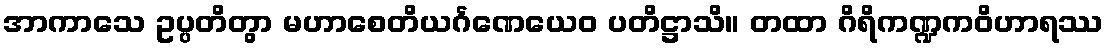
အာကာသေ ဥပ္ပတိတွာ မဟာစေတိယင်္ဂဏေယေဝ ပတိဋ္ဌာသိ။ တထာ ဂိရိကဏ္ဍကဝိဟာရဿ